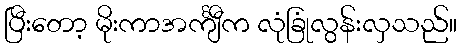
ပြီးတော့ မိုးကာအင်္ကျီက လုံခြုံလွန်းလှသည်။